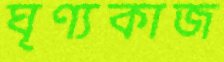
ঘৃণ্যকাজ